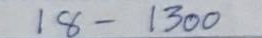
18 - 1300